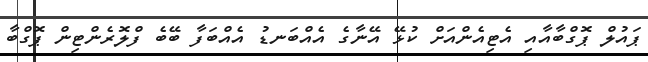
ޕައުލް ޕޮގްބާއާއި އެޓިއެންއަށް ކުޅޭ އޭނާގެ އެއްބަނޑު އެއްބަފާ ބޭބެ ފްލޮރެންޓިން ޕޮގްބާ